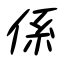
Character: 係